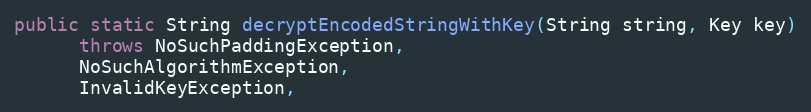
Language: Java
public static String decryptEncodedStringWithKey(String string, Key key)
      throws NoSuchPaddingException,
      NoSuchAlgorithmException,
      InvalidKeyException,